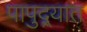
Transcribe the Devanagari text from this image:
पापुद्र्यात